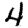
Digit: 4